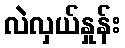
လဲလှယ်နှုန်း